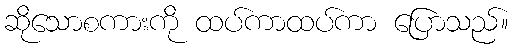
ဆိုသောစကားကို ထပ်ကာထပ်ကာ ပြောသည်။